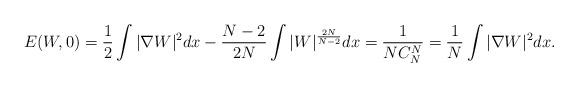
LaTeX: \begin{align*}E(W,0) = \frac{1}{2} \int |\nabla W|^2 dx - \frac{N-2}{2N} \int |W|^{\frac{2N}{N-2}}dx = \frac{1}{NC_N^N} = \frac{1}{N} \int |\nabla W|^2 dx. \end{align*}